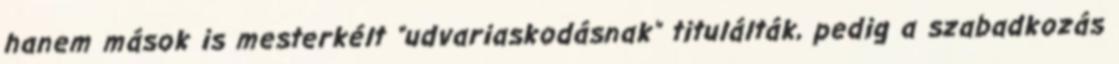
hanem mások is mesterkélt "udvariaskodásnak" titulálták, pedig a szabadkozás